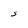
Character: S